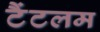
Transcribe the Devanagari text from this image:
टैंटलम